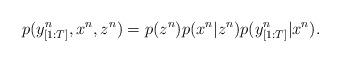
LaTeX: \begin{align*}p(y^{n}_{[1:T]},x^{n},z^{n})=p(z^{n})p(x^{n}|z^{n})p(y^{n}_{[1:T]}|x^{n}).\end{align*}